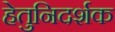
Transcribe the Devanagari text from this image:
हेतुनिदर्शक